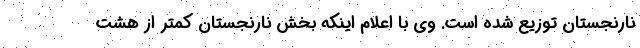
نارنجستان توزیع شده است. وی با اعلام اینکه بخش نارنجستان کمتر از هشت